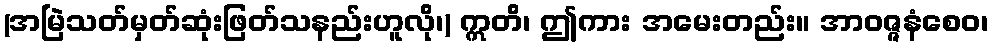
(အမြဲသတ်မှတ်ဆုံးဖြတ်သနည်းဟူလို၊) ဣတိ၊ ဤကား အမေးတည်း။ အာဝဇ္ဇနံစေဝ၊